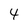
Character: 4